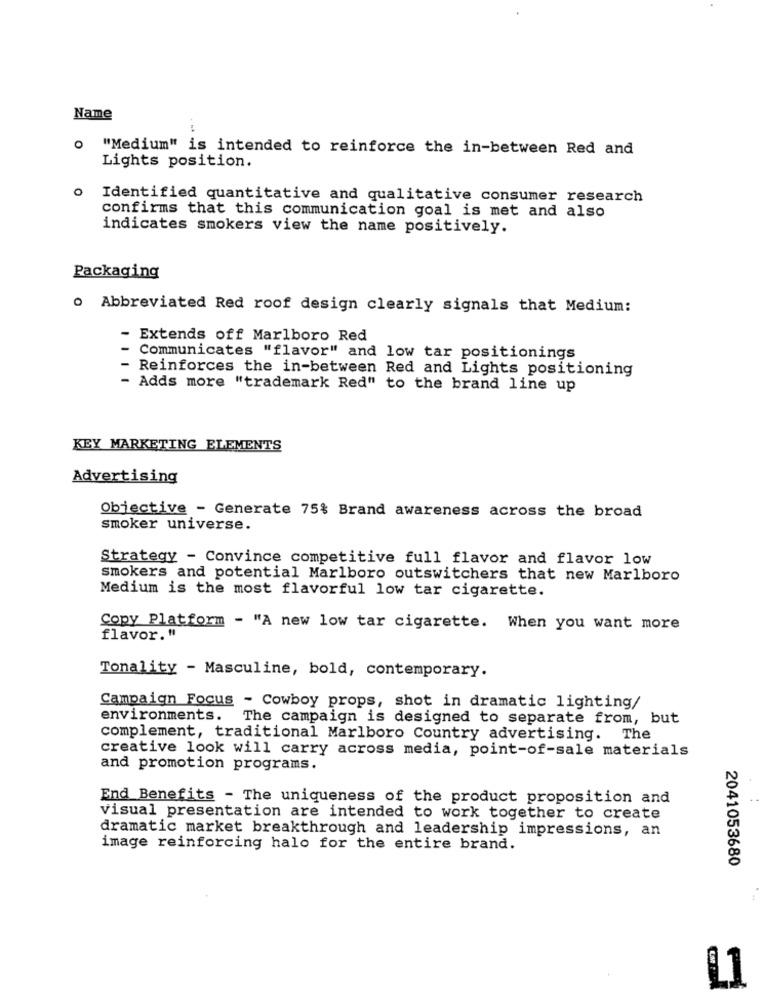
Name
"Medium" is intended to reinforce the in-between Red and
Lights position.
Identified quantitative and qualitative consumer research
confirms that this communication goal is met and also
indicates smokers view the name positively.
Packaging
o Abbreviated Red roof design clearly signals that Medium:
Extends off Marlboro Red
Communicates "flavor" and low tar positionings
- Reinforces the in-between Red and Lights positioning
Adds more "trademark Red" to the brand line up
KEY MARKETING ELEMENTS
Advertising
Objective - Generate 75% Brand awareness across the broad
smoker universe.
Strategy - Convince competitive full flavor and flavor low
smokers and potential Marlboro outswitchers that new Marlboro
Medium is the most flavorful low tar cigarette.
Copy Platform - "A new low tar cigarette. When you want more
flavor."
Tonality - Masculine, bold, contemporary.
Campaign Focus - Cowboy props, shot in dramatic lighting/
environments. The campaign is designed to separate from, but
complement, traditional Marlboro Country advertising. The
creative look will carry across media, point-of-sale materials
and promotion programs.
End Benefits - The uniqueness of the product proposition and
visual presentation are intended to work together to create
dramatic market breakthrough and leadership impressions, an
image reinforcing halo for the entire brand.
2041053680
L1